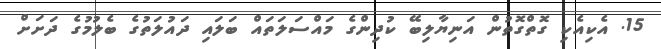
15. އެކިއެކި ގޮތްގޮތުން އަނިޔާލިބޭ ކުދިންގެ މައްސަލަތައް ބަލައި ދައުލަތުގެ ބެލުމުގެ ދަށަށް